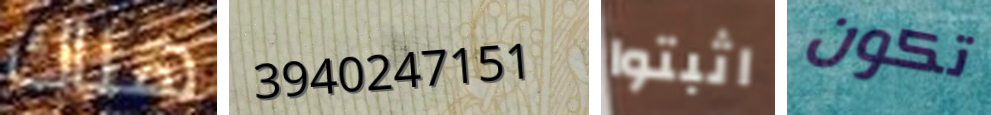
هناك 3940247151 اثبتوا تكون